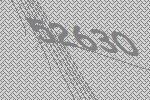
52630